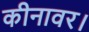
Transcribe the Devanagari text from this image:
कीनावर।